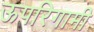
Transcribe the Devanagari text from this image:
ऊपरिगामी